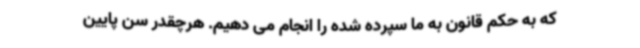
که به حکم قانون به ما سپرده شده را انجام می دهیم. هرچقدر سن پایین